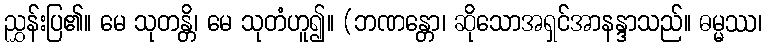
ညွှန်းပြ၏။ မေ သုတန္တိ၊ မေ သုတံဟူ၍။ (ဘဏန္တော၊ ဆိုသောအရှင်အာနန္ဒာသည်။ ဓမ္မဿ၊